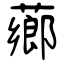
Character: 薌